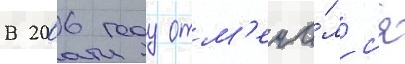
В 2006 году отм'еча́лс'я